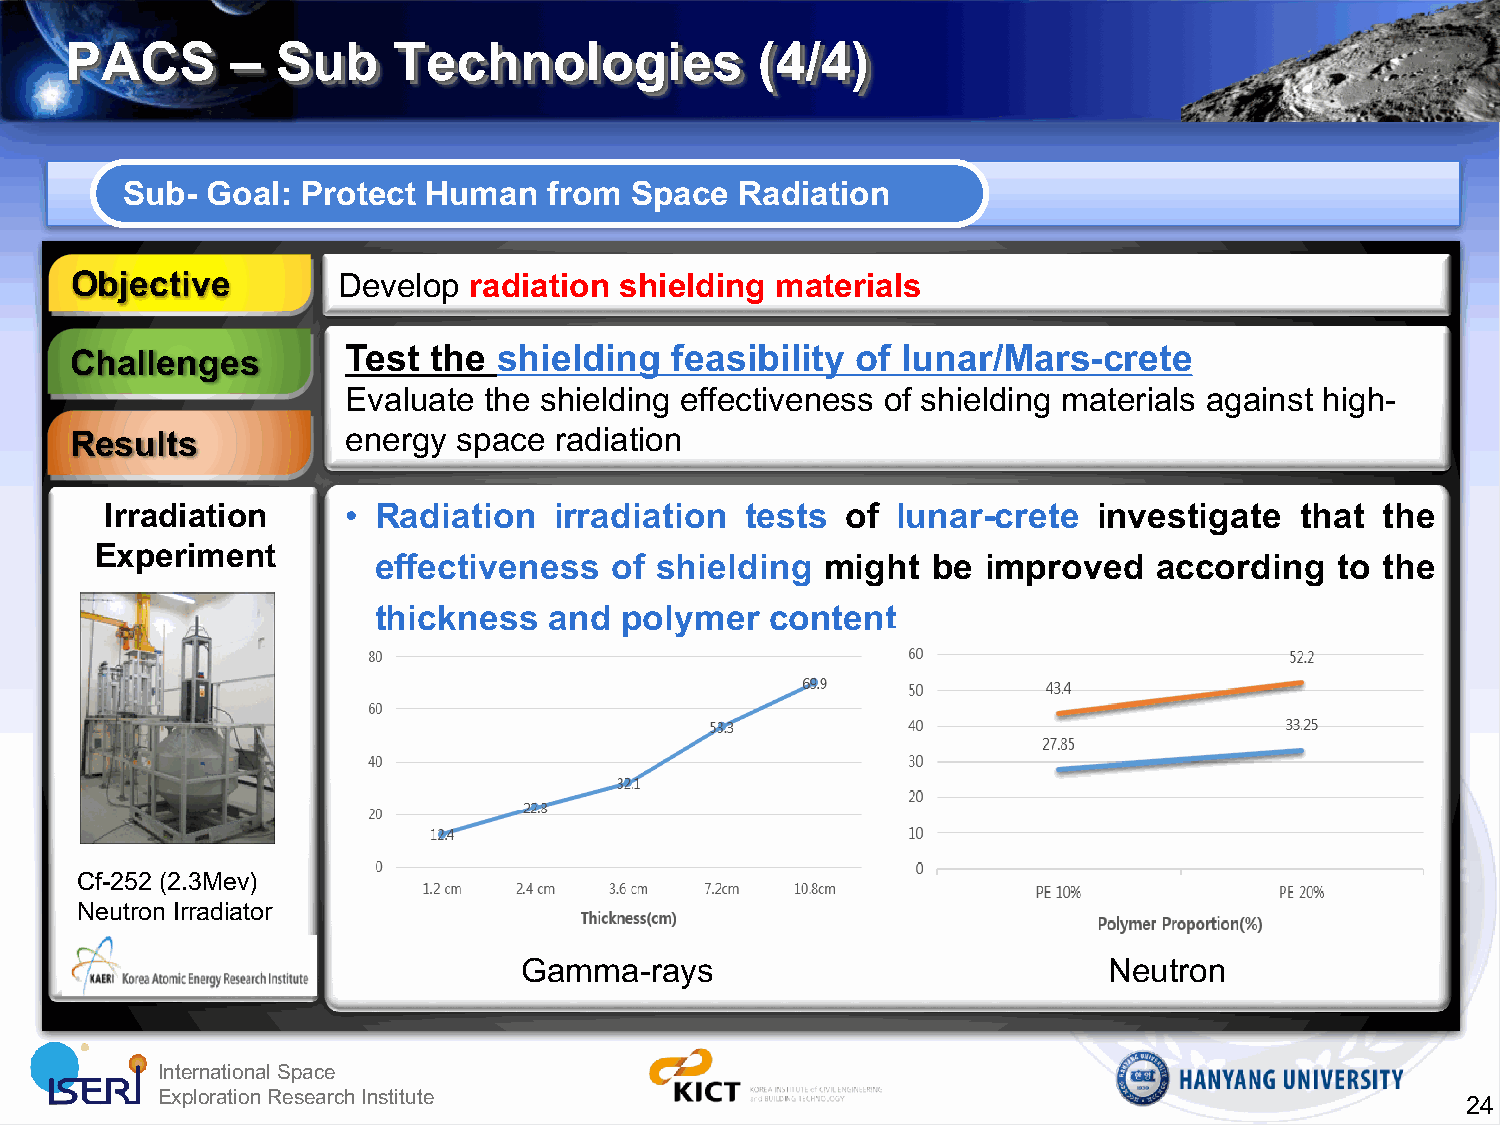
PACS       –  Sub     Technologies            (4/4)
 Sub-  Goal: Protect Human   from  Space  Radiation
 Objective        Develop  radiation shielding materials
 Challenges        Test the  shielding  feasibility  of lunar/Mars-crete
 Evaluate the shielding effectiveness of shielding materials against high-
 Results           energy space  radiation
 Irradiation     • Radiation   irradiation tests  of lunar-crete   investigate  that  the
 Experiment
 effectiveness  of shielding   might  be improved    according   to the
 thickness  and  polymer   content
 Cf-252 (2.3Mev)
 Neutron Irradiator
 Gamma-rays                             Neutron
 IInntteerrnnaattiioonnaall SSppaaccee
 EExxpplloorraattiioonn RReesseeaarrcchh IInnssttiittuuttee
 24